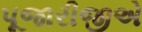
પૂજારીજીએ